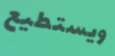
ويستطيع